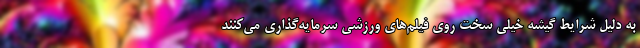
به دلیل شرایط گیشه خیلی سخت روی فیلم‌های ورزشی سرمایه‌گذاری می‌کنند